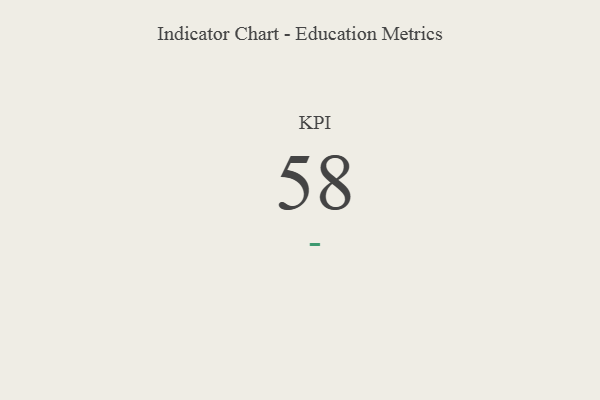
{"axis": {"x": "KPI", "y": "Value"}, "legend": [""], "data": [{"x": "KPI", "y": 58, "type": ""}]}